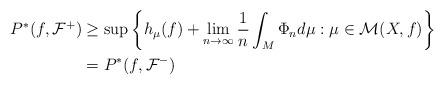
LaTeX: \begin{align*}P^*(f, \mathcal{F}^+)&\geq \sup \left\{ h_\mu(f) + \lim_{n \rightarrow \infty} \frac{1}{n} \int_M \Phi_n d \mu : \mu \in \mathcal{M}(X, f) \right\}\\&=P^*(f, \mathcal{F}^-)\end{align*}